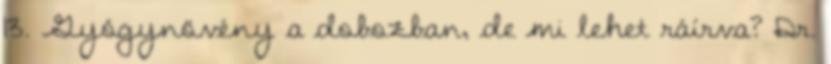
13. Gyógynövény a dobozban, de mi lehet ráírva? Dr.